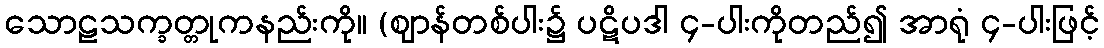
သောဠသက္ခတ္တုကနည်းကို။ (ဈာန်တစ်ပါး၌ ပဋိပဒါ ၄-ပါးကိုတည်၍ အာရုံ ၄-ပါးဖြင့်